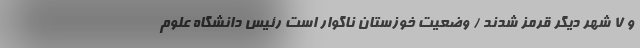
و ۷ شهر دیگر قرمز شدند / وضعیت خوزستان ناگوار است رئیس دانشگاه علوم